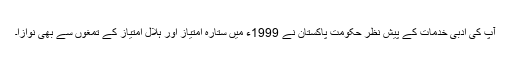
آپ کی ادبی خدمات کے پیش نظر حکومت پاکستان نے 1999ء میں ستارہ امتیاز اور ہلال امتیاز کے تمغوں سے بھی نوازا۔